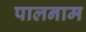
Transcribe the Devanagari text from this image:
पालनाम